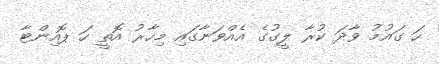
ހަ ގައުމު ވާދަ ކުރާ ލީގުގެ އެއްވަނާގައި މިހާރު އޮތީ ހަ ޕޮއިންޓާ